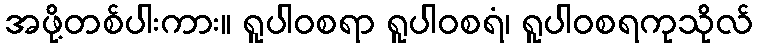
အဖို့တစ်ပါးကား။ ရူပါဝစရာ ရူပါဝစရံ၊ ရူပါဝစရကုသိုလ်